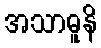
အသာဓူနိ